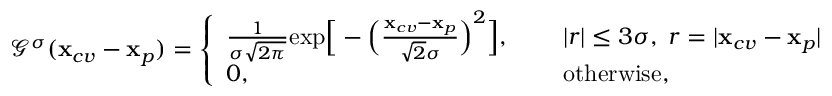
\begin{array} { r l } & { \mathcal { G } ^ { \sigma } ( \mathbf { x } _ { c v } - \mathbf { x } _ { p } ) = \left\{ \begin{array} { l l } { \frac { 1 } { \sigma \sqrt { 2 \pi } } \mathrm { e x p } \Big [ - \Big ( \frac { \mathbf { x } _ { c v } - \mathbf { x } _ { p } } { \sqrt { 2 } \sigma } \Big ) ^ { 2 } \Big ] , } & { ~ ~ ~ ~ | r | \leq 3 \sigma , \; r = | \mathbf { x } _ { c v } - \mathbf { x } _ { p } | } \\ { 0 , } & { ~ ~ ~ ~ \mathrm { o t h e r w i s e , } } \end{array} \right. } \end{array}